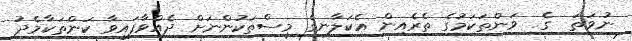
ނުވަތަ  ގެ  ވަންތަކަމުގެ ތެރެއިން އެކަލާނގެ މީސްތަކުންނަށް ދެއްވާފައިވާ ކަންތަކާމެދު